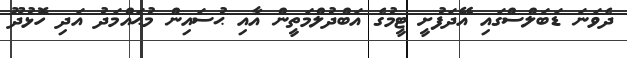
ދެވަނަ ޑަބަލްސްގައި އޭދަފުށީ ޓީމުގެ އަބްދުލްމަތީން އާއި ޙުސައިން މުޙައްމަދު އަދި ހޮޅުދޫ